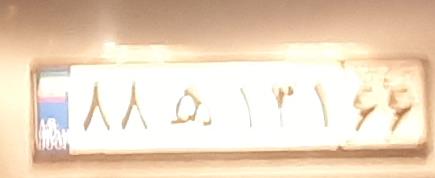
۸۸ه۱۳۱۶۶